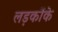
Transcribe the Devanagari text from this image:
लड़कोंके